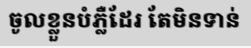
ចូលខ្លួនបំភ្លឺដែរ តែមិនទាន់